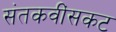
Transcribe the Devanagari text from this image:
संतकवींसकट